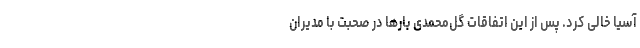
آسیا خالی کرد. پس از این اتفاقات گل‌محمدی بارها در صحبت با مدیران